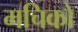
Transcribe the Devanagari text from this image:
मचिको